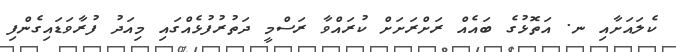
ކެލައަށާއި ނ. އަތޮޅުގެ ބައެއް ރަށްރަށަށް ކުރައްވާ ރަސްމީ ދަތުރުފުޅެއްގައި މިއަދު ފުރާވަޑައިގެންފި